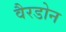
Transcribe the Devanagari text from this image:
वैरडोन